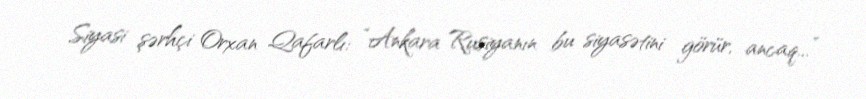
Siyasi şərhçi Orxan Qafarlı: “Ankara Rusiyanın bu siyasətini görür, ancaq...”